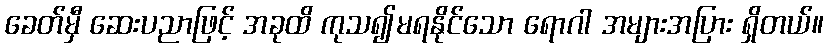
ခေတ်မှီ ဆေးပညာဖြင့် အခုထိ ကုသ၍မရနိုင်သော ရောဂါ အများအပြား ရှိတယ်။